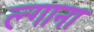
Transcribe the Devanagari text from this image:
ल्गाना